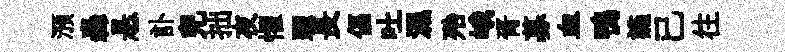
澦轟悬訃兒拙夜懼躍長偪吐濕殆峨胥募血鴨讌已往